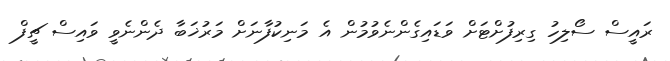
ރައީސް ސޯލިހު ގިރިފުށްޓަށް ވަޑައިގެންނެވުމުން އެ މަނިކުފާނަށް މަރުޚަބާ ދެންނެވީ ވައިސް ޗީފް